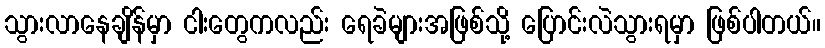
သွားလာနေချိန်မှာ ငါးတွေကလည်း ရေခဲများအဖြစ်သို့ ပြောင်းလဲသွားရမှာ ဖြစ်ပါတယ်။